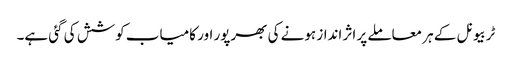
ٹربیونل کے ہر معاملے پر اثر انداز ہونے کی بھرپور اور کامیاب کوشش کی گئی ہے۔